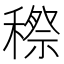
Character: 穄